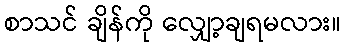
စာသင် ချိန်ကို လျှော့ချရမလား။